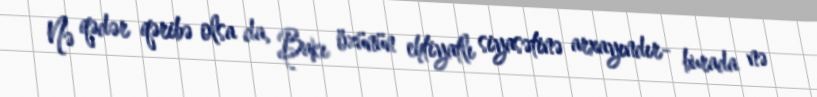
Nə qədər qəribə olsa da, Bakı özünün ehtiyatlı siyasətinə arxayındır- burada nə